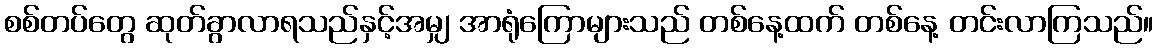
စစ်တပ်တွေ ဆုတ်ခွာလာရသည်နှင့်အမျှ အာရုံကြောများသည် တစ်နေ့ထက် တစ်နေ့ တင်းလာကြသည်။